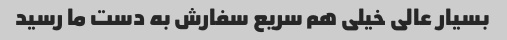
بسیار عالی خیلی هم سریع سفارش به دست ما رسید